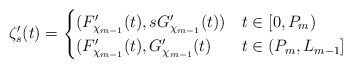
\begin{align*}\zeta_s'(t) =\begin{cases}(F_{\chi_{m-1}}'(t), s G_{\chi_{m-1}}'(t)) & t \in [0,P_m) \\(F_{\chi_{m-1}}'(t), G_{\chi_{m-1}}'(t) & t \in (P_m,L_{m-1}] \\\end{cases}\end{align*}